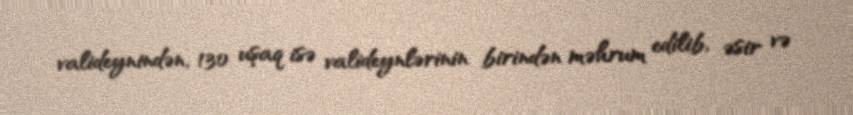
valideynindən, 130 uşaq isə valideynlərinin birindən məhrum edilib, əsir və